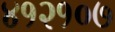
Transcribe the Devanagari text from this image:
४१२१०७